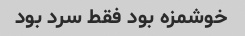
خوشمزه بود فقط سرد بود